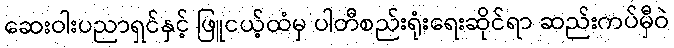
ဆေးဝါးပညာရှင်နှင့် ဖြူငယ့်ထံမှ ပါတီစည်းရုံးရေးဆိုင်ရာ ဆည်းကပ်မှီဝဲ